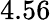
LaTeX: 4.56